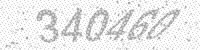
Solution: 340460